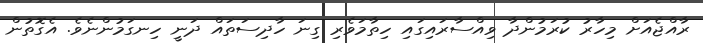
ރާއްޖެއަށް މިހާރު ކުރަމުންދާ ވިއްސާރައިގައި ހިތާމަވެރި ގިނަ ހާދިސަތައް ދަނީ ހިނގަމުންނެވެ. އެގޮތުން